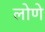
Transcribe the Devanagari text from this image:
लोणे